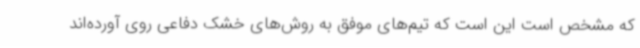
که مشخص است این است که تیم‌های موفق به روش‌های خشک دفاعی روی آورده‌اند